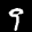
Label: 9